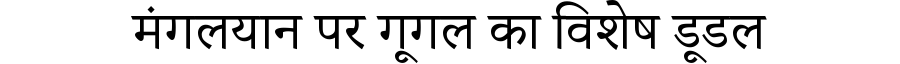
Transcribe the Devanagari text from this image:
मंगलयान पर गूगल का विशेष डूडल